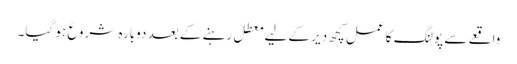
واقعے سے پولنگ کا عمل کچھ دیر کے لیے معطل رہنے کے بعد دوبارہ شروع ہو گیا۔